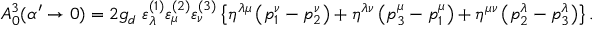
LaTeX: A _ { 0 } ^ { 3 } ( \alpha ^ { \prime } \rightarrow 0 ) = 2 g _ { d } \, \, \varepsilon _ { \lambda } ^ { ( 1 ) } \varepsilon _ { \mu } ^ { ( 2 ) } \varepsilon _ { \nu } ^ { ( 3 ) } \left\{ \eta ^ { \lambda \mu } \left( p _ { 1 } ^ { \nu } - p _ { 2 } ^ { \nu } \right) + \eta ^ { \lambda \nu } \left( p _ { 3 } ^ { \mu } - p _ { 1 } ^ { \mu } \right) + \eta ^ { \mu \nu } \left( p _ { 2 } ^ { \lambda } - p _ { 3 } ^ { \lambda } \right) \right\} .